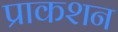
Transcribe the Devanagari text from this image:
प्राकशन